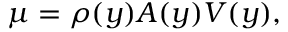
\mu = \rho ( y ) A ( y ) V ( y ) ,